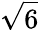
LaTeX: \sqrt{6}